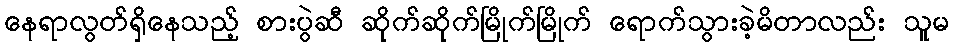
နေရာလွတ်ရှိနေသည့် စားပွဲဆီ ဆိုက်ဆိုက်မြိုက်မြိုက် ရောက်သွားခဲ့မိတာလည်း သူမ